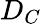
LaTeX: D_{C}